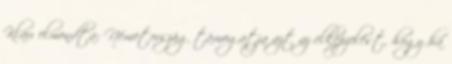
Klau elmondta: Németország támogatja azt az elképzelést, hogy ha